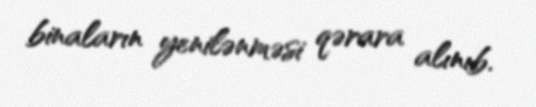
binaların yenilənməsi qərara alınıb.